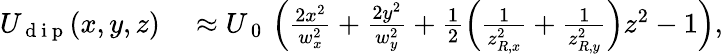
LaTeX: \begin{array}{rl}{U_{\mathrm{~d~i~p~}}(x,y,z)}&{{}\approx U_{\mathrm{~0~}}\left(\frac{2x^{2}}{w_{x}^{2}}+\frac{2y^{2}}{w_{y}^{2}}+\frac{1}{2}\left(\frac{1}{z_{R,x}^{2}}+\frac{1}{z_{R,y}^{2}}\right)z^{2}-1\right),}\end{array}